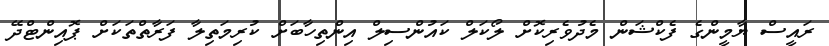
ރައީސް ޔާމީންގެ ފެކްޝަން މެދުވެރިކޮށް ލޯކަލް ކައުންސިލް އިންތިހާބަށް ކުރިމަތިލާ ފަރާތްތަކަށް ޕޮއިންޓްދޭ